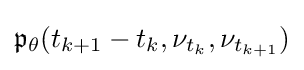
{\mathfrak {p}}_{\theta }(t_{k+1}-t_{k},\nu _{t_{k}},\nu _{t_{k+1}})